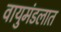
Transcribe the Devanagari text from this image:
वायुमंडलात